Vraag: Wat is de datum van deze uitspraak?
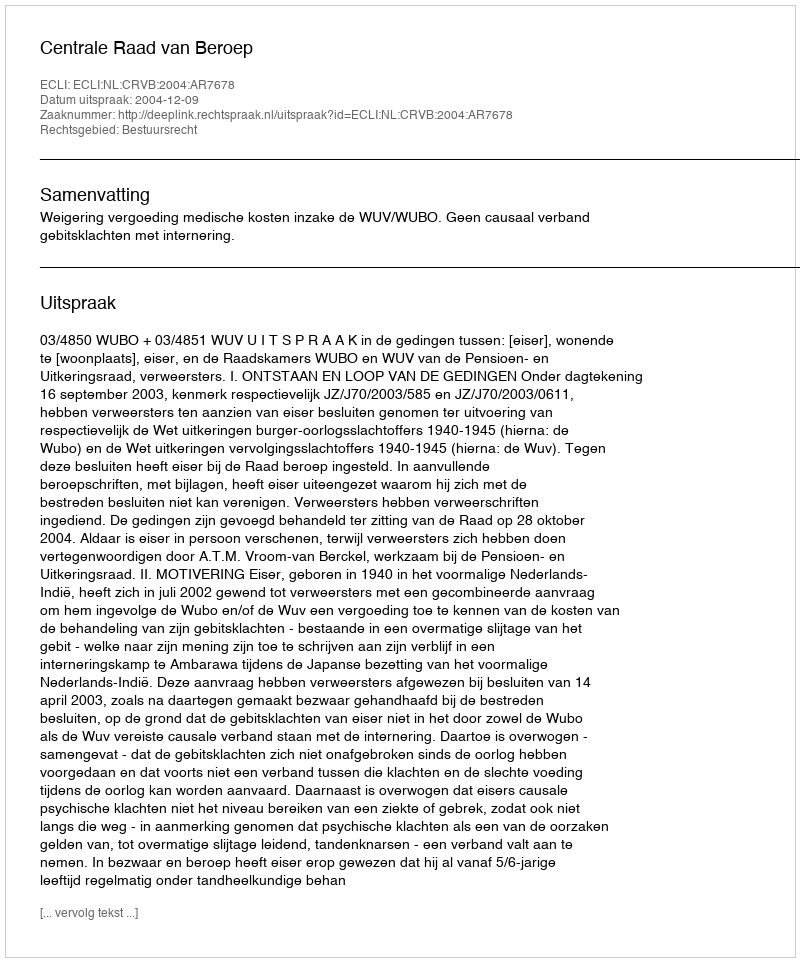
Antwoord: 2004-12-09